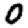
Digit: 0